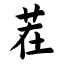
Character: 茬